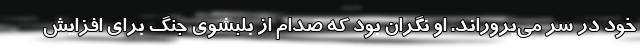
خود در سر می‌پروراند. او نگران بود که صدام از بلبشوی جنگ برای افزایش